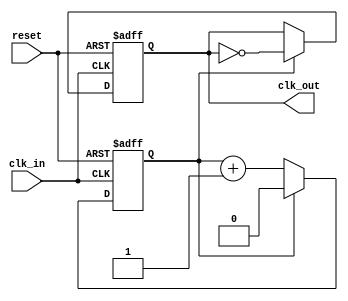
module clock_divider #(
    parameter DIV_FACTOR = 2  // Set the default division factor to 2
)(
    input wire clk_in,         // Input clock signal
    input wire reset,          // Asynchronous reset signal
    output reg clk_out         // Divided clock output signal
);

    // Internal counter
    reg [$clog2(DIV_FACTOR)-1:0] counter; // Counter size based on DIV_FACTOR

    // Always block triggered on the rising edge of clk_in
    always @(posedge clk_in or posedge reset) begin
        if (reset) begin
            // Reset the counter and output clock
            counter <= 0;
            clk_out <= 0;
        end else begin
            // Increment the counter
            if (counter == DIV_FACTOR - 1) begin
                // Toggle the output clock
                clk_out <= ~clk_out;
                // Reset the counter
                counter <= 0;
            end else begin
                // Increment the counter
                counter <= counter + 1;
            end
        end
    end

endmodule